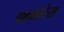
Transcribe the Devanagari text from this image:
काकारेस